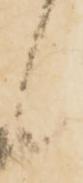
候